Leaving Certificate Examination (including Day School Certificate (Higher) General paper), 1933
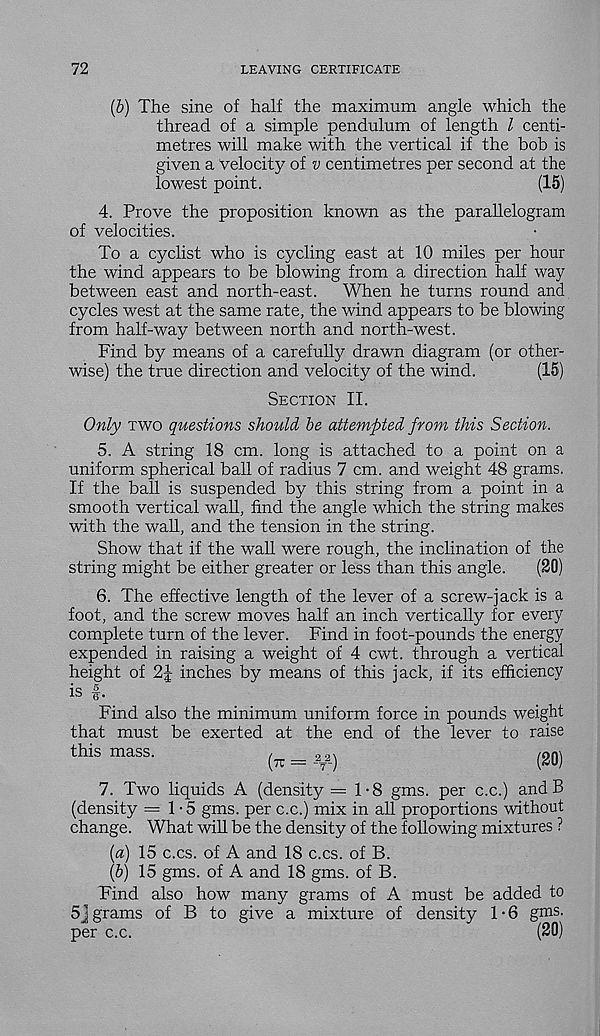
72
LEAVING CERTIFICATE
(6) The sine of half the maximum angle which the
thread of a simple pendulum of length l centi-
metres will make with the vertical if the bob is
given a velocity of v centimetres per second at the
lowest point.
(15)
4. Prove the proposition known as the parallelogram
of velocities.
To a cyclist who is cycling east at 10 miles per hour
the wind appears to be blowing from a direction half way
between east and north-east.
When he turns round and
cycles west at the same rate, the wind appears to be blowing
from half-way between north and north-west.
Find by means of a carefully drawn diagram (or other-
wise) the true direction and velocity of the wind.
(15)
Section II.
Only two questions should be attempted from this Section.
5. A string 18 cm. long is attached to a point on a
uniform spherical ball of radius 7 cm. and weight 48 grams.
If the ball is suspended by this string from a point in a
smooth vertical wall, find the angle which the string makes
with the wall, and the tension in the string.
Show that if the wall were rough, the inclination of the
string might be either greater or less than this angle.
(20)
6. The effective length of the lever of a screw-jack is a
foot, and the screw moves half an inch vertically for every
complete turn of the lever. Find in foot-pounds the energy
expended in raising a weight of 4 cwt. through a vertical
height of 2|- inches by means of this jack, if its efficiency
is f.
Find also the minimum uniform force in pounds weight
that must be exerted at the end of the lever to raise
this mass.
_ _ 2 _ 2)
(2Q)
7. Two liquids A (density =1-8 gms. per c.c.) and B
(density =1-5 gms. per c.c.) mix in all proportions without
change. What will be the density of the following mixtures ?
[a) 15 c.cs. of A and 18 c.cs. of B.
(&) 15 gms. of A and 18 gms. of B.
Find also how many grams of A must be added to
5] grams of B to give a mixture of density 1 • 6 gms.
per c.c.
(20)